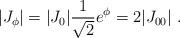
LaTeX: \begin{align*}|J_{\phi} | = | J_{0}| {1\over \sqrt 2} e^{\phi} = 2 | J_{0 0}|\ .\end{align*}